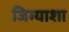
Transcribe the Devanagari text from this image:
जिग्याशा